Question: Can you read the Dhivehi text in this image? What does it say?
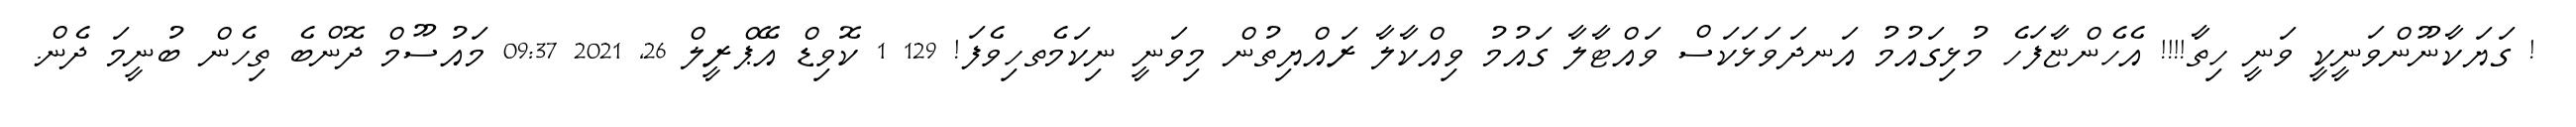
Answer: ! ގަޔަކާނޫންވަނީކީ ވަނީ ހިތާ!!!! އެހެންޏާފަހެ މުޅިގައުމު އަނދަވަޅަކަސް ވައްޓާލާ ގައުމު ވިއްކާލާ ރައްޔިތުން މިވަނީ ނިކަމެތހިވެފަ! 129 1 ކޮވިޑް އޭޕްރީލް 26, 2021 09:37 މައުސޫމް ދޮންބެ ތިހެން ބުނީމަ ދެން.